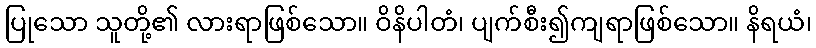
ပြုသော သူတို့၏ လားရာဖြစ်သော။ ဝိနိပါတံ၊ ပျက်စီး၍ကျရာဖြစ်သော။ နိရယံ၊